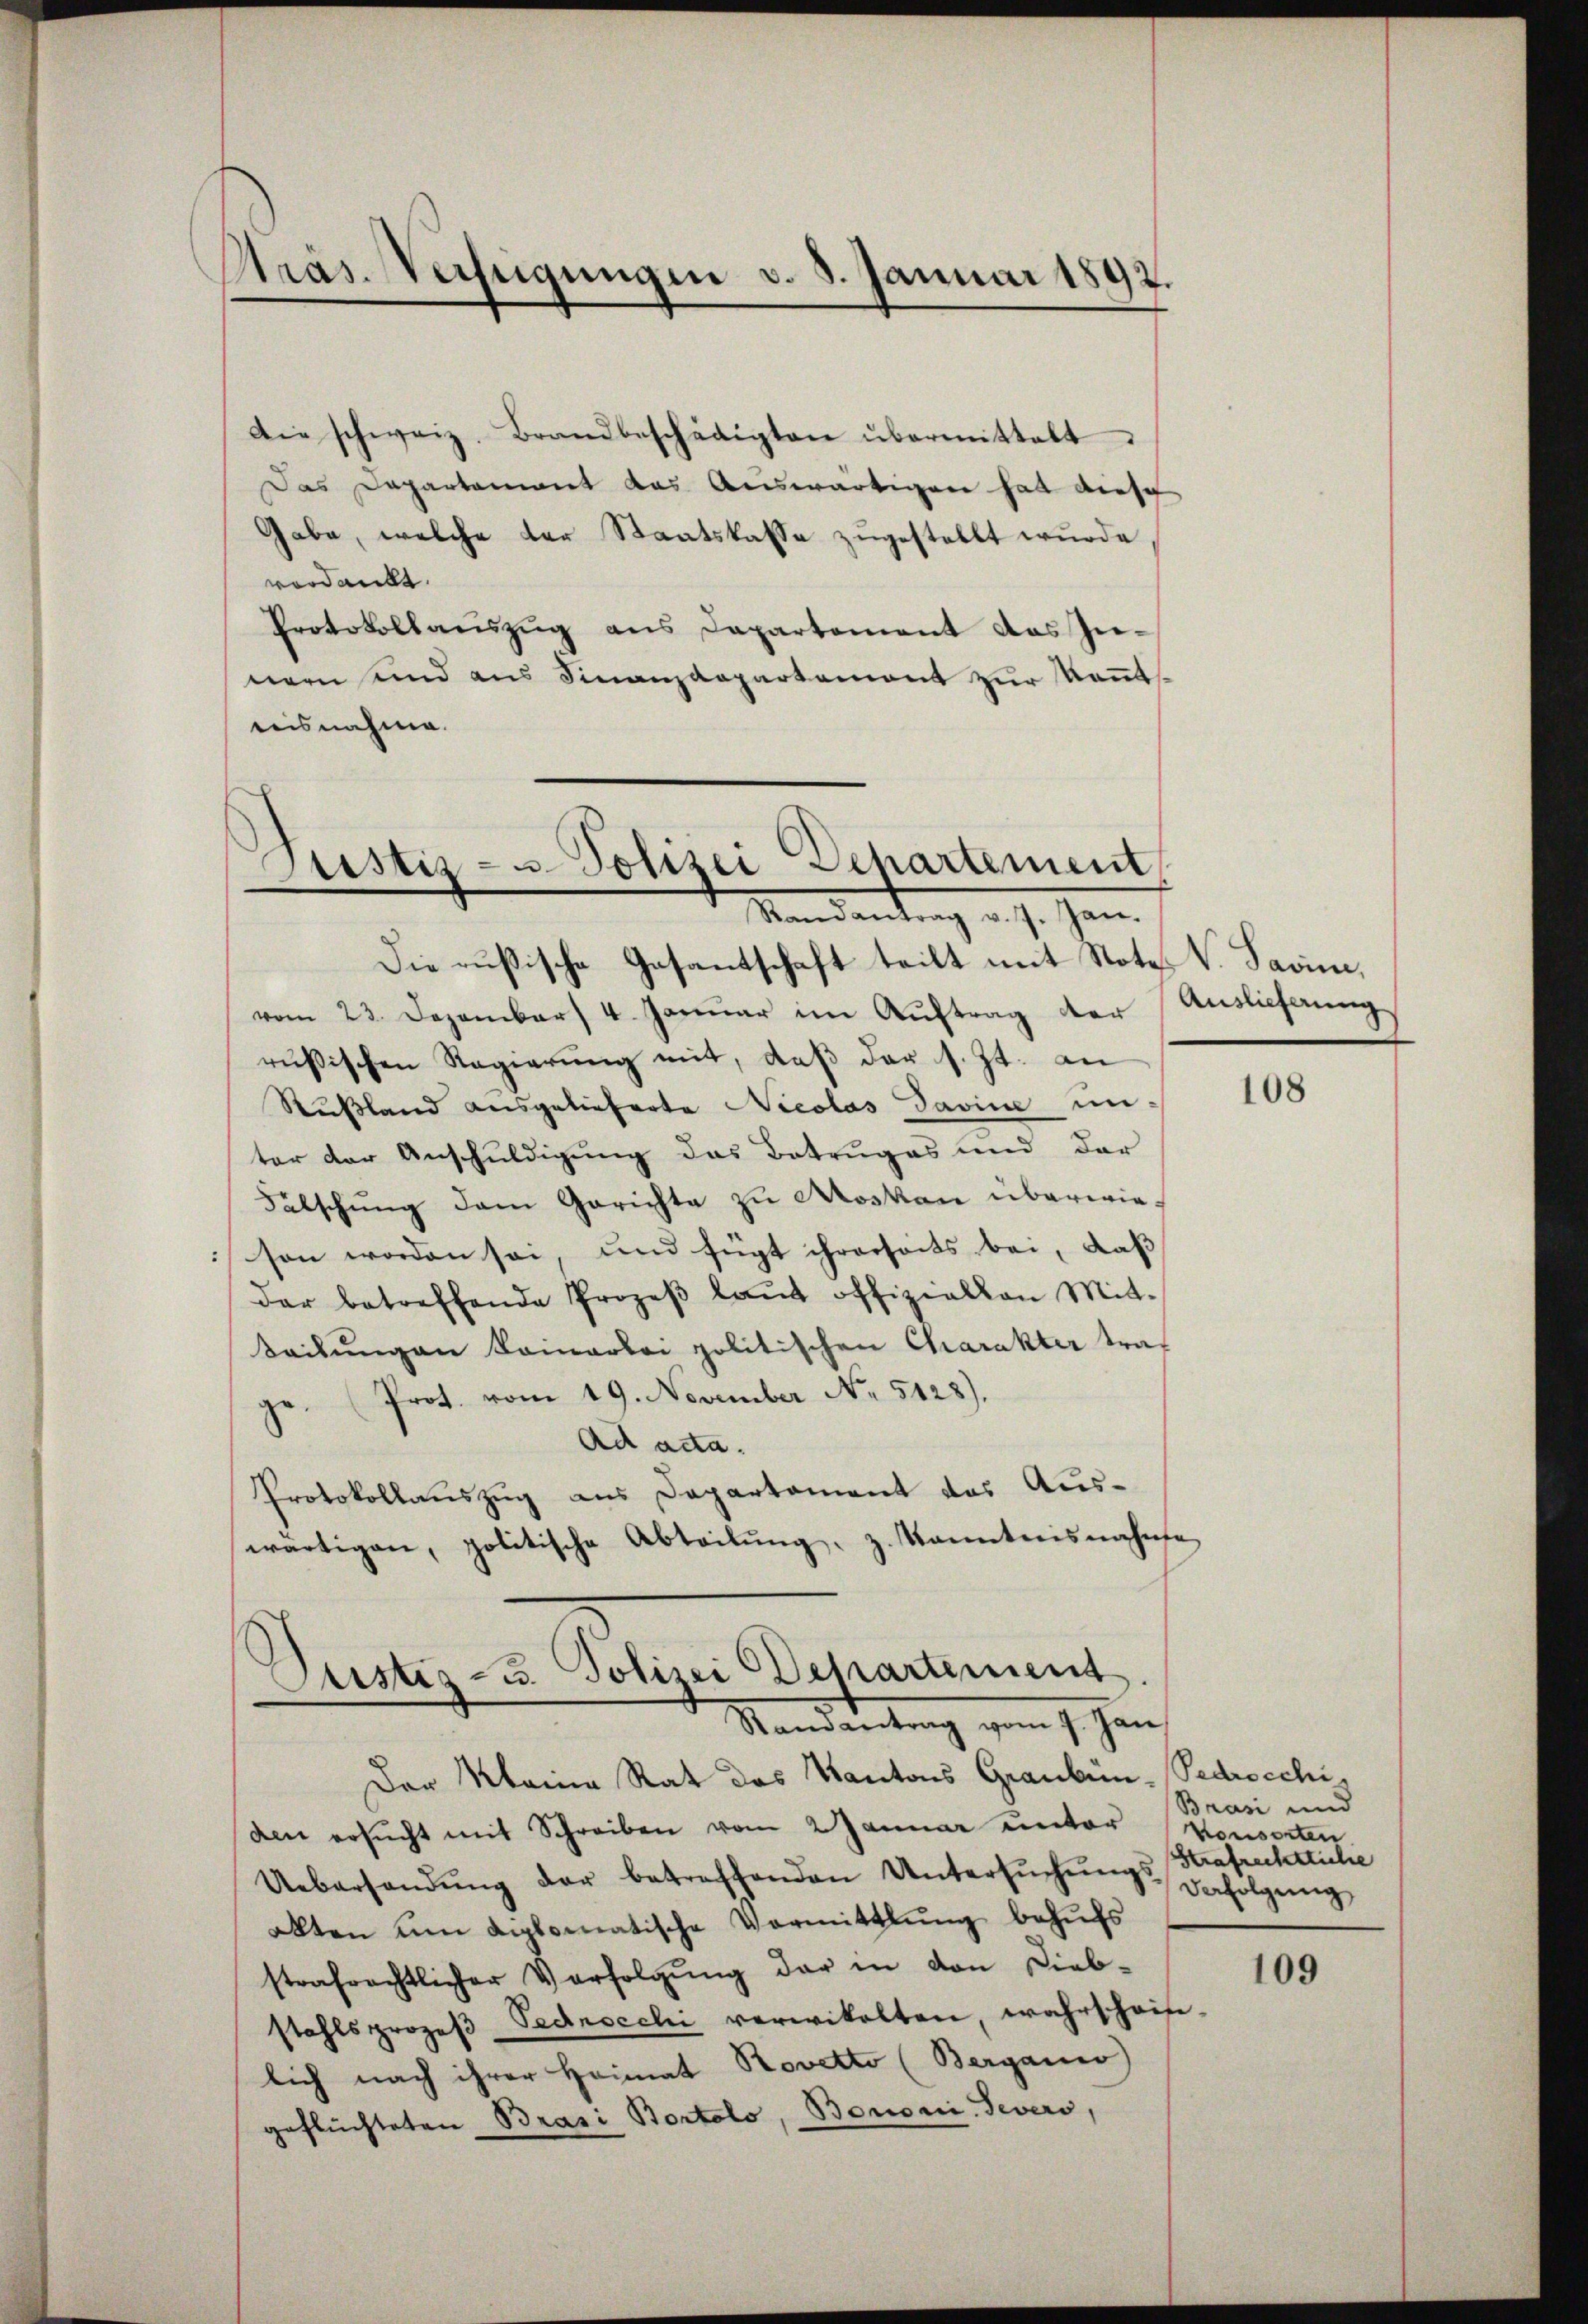
Präs. Verfügungen v. 8. Januar 1892.

Die schweiz. Brandbeschädigten übermittelt
Das Departement das Auswärtigen hat diese
Gabe, welche der Staatskasse zugestellt wurde
verdankt.
Protokollauszug aus Departement das Zunern und aus Finanzdepartement zur Kenntisnahme.

Justiz- u. Polizei Departement
Mandankung v. J. Jan

Die Rußische Gesantschaft teilt mit Note V. Savin,
vom 23. Dezember 4. Januar im Auftrag der
rŭsischen Regierŭng mit, daβ der s. Zt. an
Rußland ausgelieferte Nicolas Savine un-
ter der Anschuldigung das Betruges und der
Fälschung dem Gerichte zu Moskau überwieson worden sei, und fügt ihrerseits bei, daß
der betreffende Prozeβ laŭt offiziellen Mit-
Seilŭngen Komarloi politischen Charakter traf
Prot. vom 19. November No. 5128).
zu
Ad acta.
Protokollauszug aus Departement des Auswärtigen, politische Abteilŭng z. Kanntnisnahme

Justiz- u. Polizei Departement
Randantrag vom 7. Jan

Der Meine Rat des Kantons Graubün-Pedrocchi,
den ersŭcht mit Schreiben vom 2 Januar unter Konserten.
Uebersandŭng der betreffenden Untersŭchŭng Befolgung
allten ŭm diplomatische Vormittlung behŭfs
strafrechtlicher Verfolgŭng der in den Dieb-
stahlsprozeβ Pednocchi verwikalten, wahrschaife-
lich nach ihrer Heimat Rovetto (Berganis
geflüchteten Brasi Bortolo, Bononi. Severs,

Auslieferung

108

Brasi und
Strafrechtliche

109